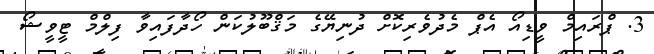
3. ޕްރައިމް ވީޑިއޯ އެޕް މެދުވެރިކޮށް ދުނިޔޭގެ މަޤްބޫލުކަން ހޯދާފައިވާ ފިލްމް ޓީވީޝޯ